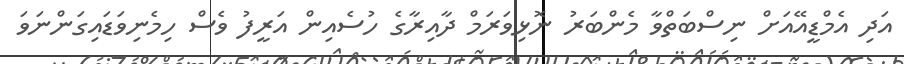
އަދި އެމްޑީއޭއަށް ނިސްބަތްވާ މެންބަރު ނޮޅިވަރަމް ދާއިރާގެ ހުސެއިން އަރީފު ވެސް ހިމެނިވަޑައިގަންނަވަ